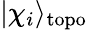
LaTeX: |\chi_{i}\rangle_{\mathrm{topo}}